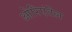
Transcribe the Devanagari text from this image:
ओरिएंटेल